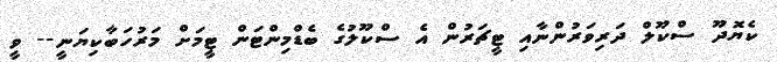
ކެޔޮދޫ ސްކޫލް ދަރިވަރުންނާއި ޓީޗަރުން އެ ސްކޫލުގެ ބެޑްމިންޓަން ޓީމަށް މަރުހަބާކިޔަނީ-- ވީ